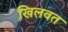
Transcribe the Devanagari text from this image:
खि़लवत